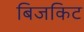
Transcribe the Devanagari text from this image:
बिजकिट